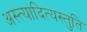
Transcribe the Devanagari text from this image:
अस्त्यादित्यस्तुति